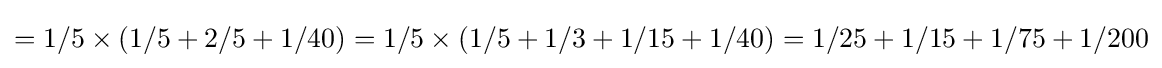
=1/5\times (1/5+2/5+1/40)=1/5\times (1/5+1/3+1/15+1/40)=1/25+1/15+1/75+1/200